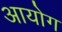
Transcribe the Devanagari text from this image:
अायोग